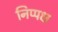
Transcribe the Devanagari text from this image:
निप्पक्ष